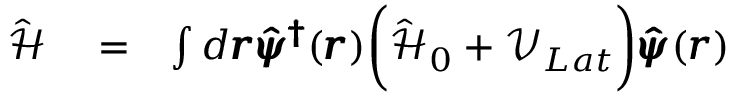
\begin{array} { r l r } { \hat { \mathcal { H } } } & { { } = } & { \int d \pmb { r } \pmb { \hat { \psi } ^ { \dag } } ( \pmb { r } ) \bigg ( \hat { \mathcal { H } } _ { 0 } + \mathcal { V } _ { L a t } \bigg ) \pmb { \hat { \psi } } ( \pmb { r } ) } \end{array}